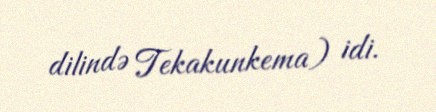
dilində Tekakunkema) idi.